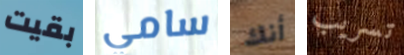
بقيت سامي أنك تسريب